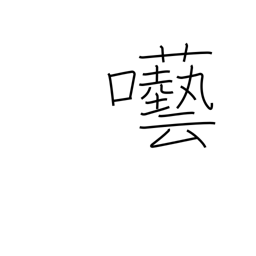
Meaning: foolish talk